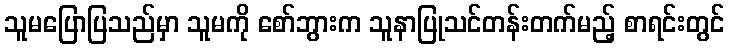
သူမပြောပြသည်မှာ သူမကို စော်ဘွားက သူနာပြုသင်တန်းတက်မည့် စာရင်းတွင်